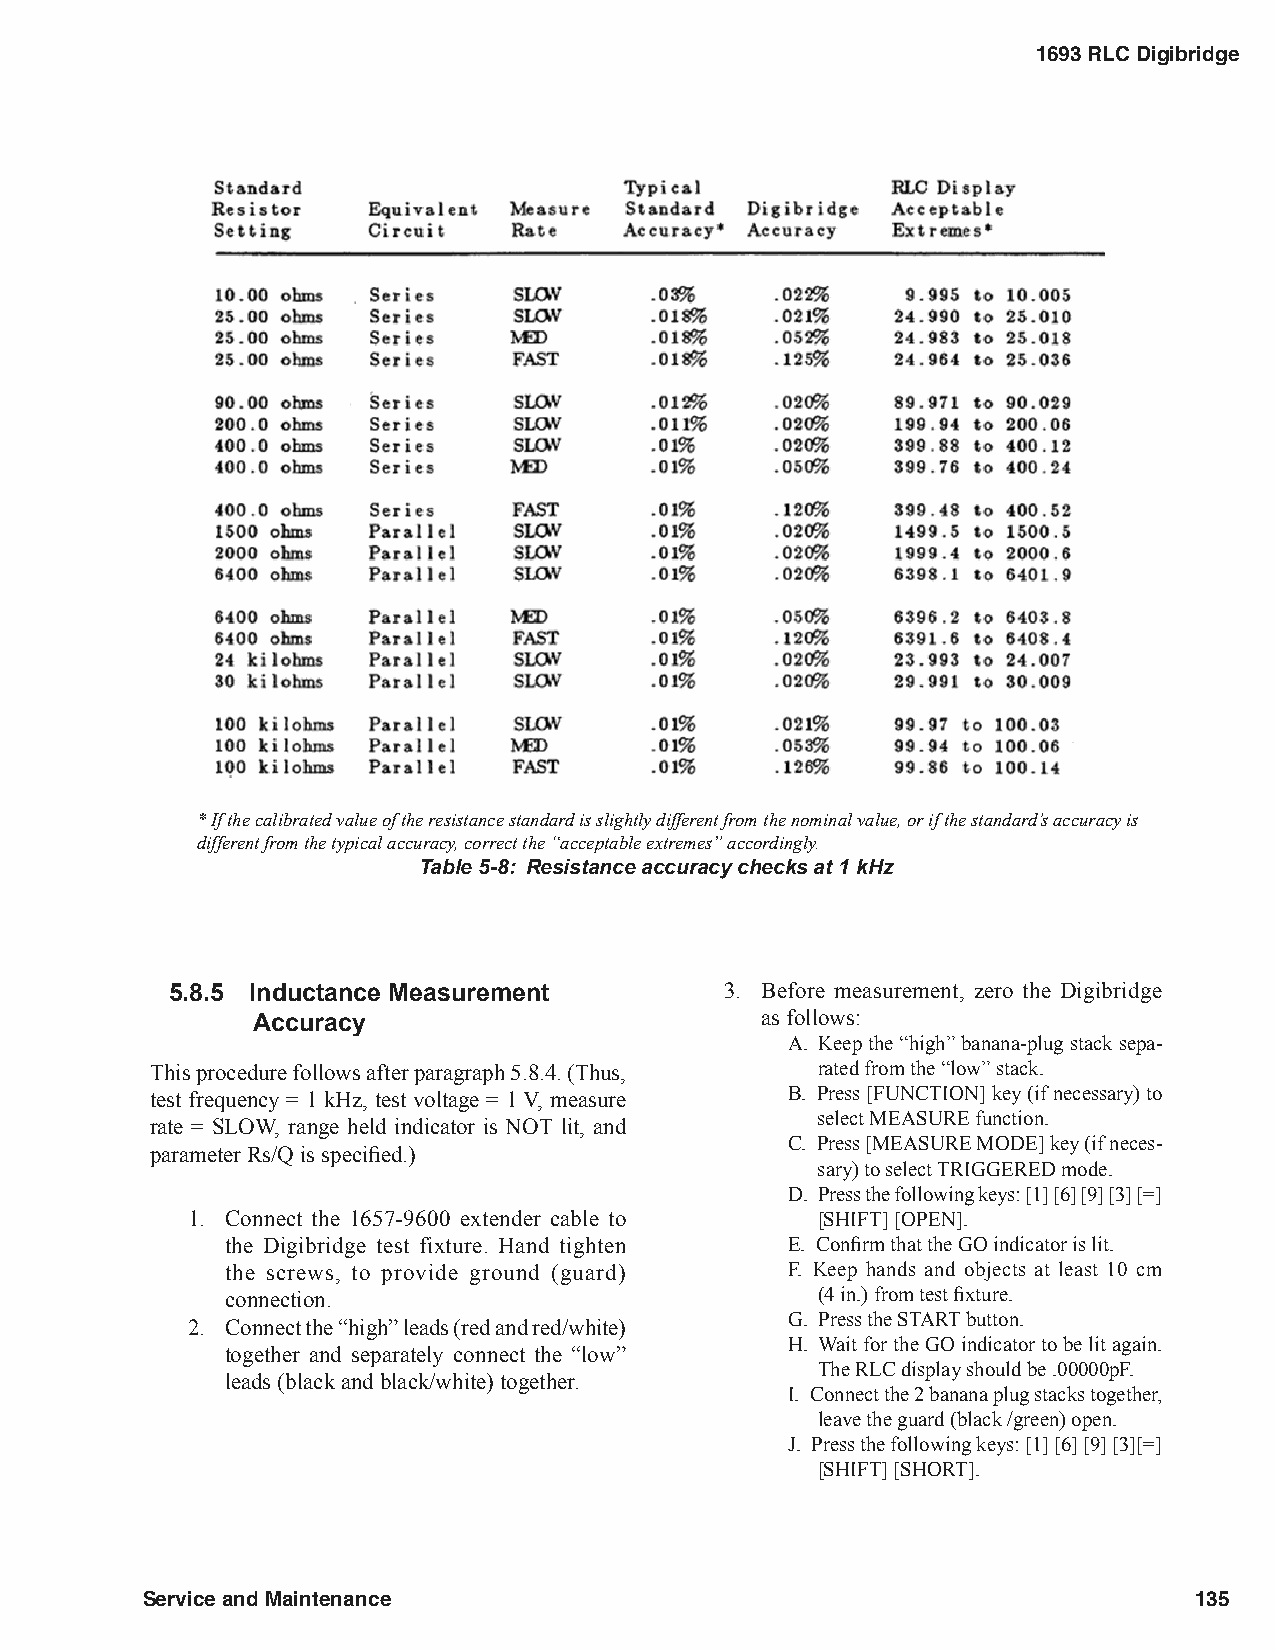
1693 RLC Digibridge
 * If the calibrated value of the resistance standard is slightly different from the nominal value, or if the standard’s accuracy is
 different from the typical accuracy, correct the “acceptable extremes” accordingly.
 Table 5-8: Resistance accuracy checks at 1 kHz
 5.8.5 Inductance Measurement         3. Before measurement, zero the Digibridge
 Accuracy                         as follows:
 A. Keep the “high” banana-plug stack sepa-
 This procedure follows after paragraph 5.8.4. (Thus, rated from the “low” stack.
 test frequency = 1 kHz, test voltage = 1 V, measure B. Press [FUNCTION] key (if necessary) to
 select MEASURE function.
 rate = SLOW, range held indicator is NOT lit, and
 C. Press [MEASURE MODE] key (if neces-
 parameter Rs/Q is specified.)
 sary) to select TRIGGERED mode.
 D. Press the following keys: [1] [6] [9] [3] [=]
 1. Connect the 1657-9600 extender cable to [SHIFT] [OPEN].
 the Digibridge test fixture. Hand tighten E. Confirm that the GO indicator is lit.
 the screws, to provide ground (guard) F. Keep hands and objects at least 10 cm
 connection.                            (4 in.) from test fixture.
 G. Press the START button.
 2. Connect the “high” leads (red and red/white)
 H. Wait for the GO indicator to be lit again.
 together and separately connect the “low”
 The RLC display should be .00000pF.
 leads (black and black/white) together.
 I. Connect the 2 banana plug stacks together,
 leave the guard (black /green) open.
 J. Press the following keys: [1] [6] [9] [3][=]
 [SHIFT] [SHORT].
 Service and Maintenance                                               135